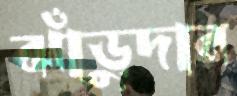
ঝাঁড়ুদার